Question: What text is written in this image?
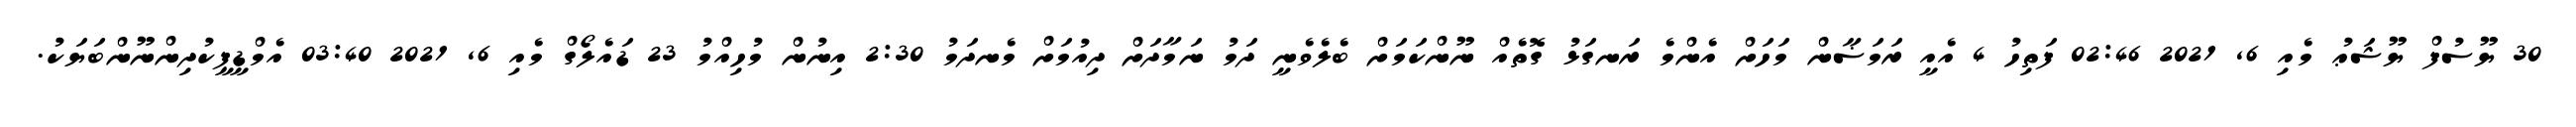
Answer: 30 ޔޫސުފް ޔޫޝަޢު މެއި 6, 2021 02:46 ފަތިހު 4 އެއީ ރަމަޟާން މަހަށް އެންމެ ރަނގަޅު ގޮތެއް ނޫންކަމަށް ބެލެވެނީ ދަމު ނަމާދަށް ދިއުމަށް މެނދަމު 2:30 އިނުން މުހިއްމު 23 ޑައެލޯގް މެއި 6, 2021 03:40 އެމްޑީޕީކުދިންނޫންބަޔަކު.